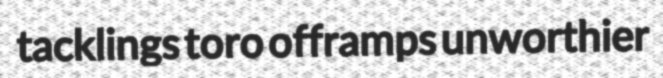
tacklings toro offramps unworthier